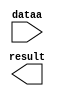
module MULT_FIRSQ (
	dataa,
	result);

	input	[29:0]  dataa;
	output	[59:0]  result;

endmodule